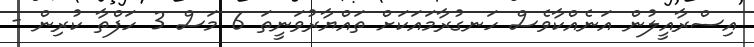
އިސްރާއީލުން އަނެއްކާވެސް ހަނގުރާމައަކަށް ތައްޔާރުވަނީތަ 6 މަސް 3 ހަފްތާ ކުރިން -